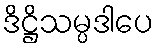
ဒိဋ္ဌိသမ္ပဒါပေ